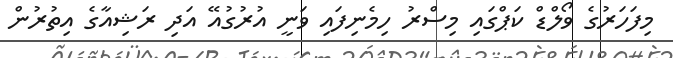
މިފަހަރުގެ ވޯލްޑް ކަޕްގައި މިސްރު ހިމެނިފައި ވަނީ އުރުގުއޭ އަދި ރަޝިއާގެ އިތުރުން